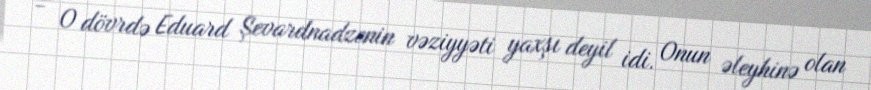
- O dövrdə Eduard Şevardnadzenin vəziyyəti yaxşı deyil idi. Onun əleyhinə olan